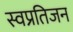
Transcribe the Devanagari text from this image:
स्वप्रतिजन